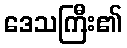
ဒေသကြီး၏